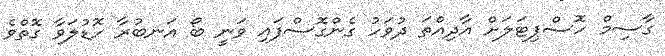
ގާސިމް ހޮސްޕިޓަލަށް އާދިއްތަ ދުވަހު ގެންގޮސްފައި ވަނީ ބޯ އަނބުރާ ހޮޑުލަވާ ގޮތްވެ